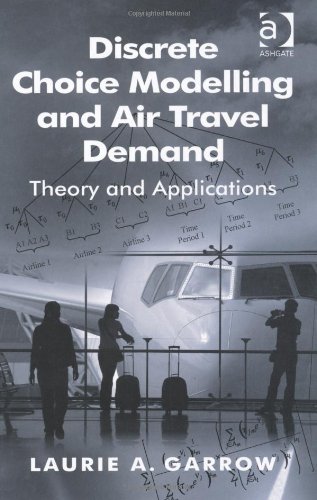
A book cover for Discrete Choice Modelling and Air Travel Demand; Laurie A. Garrow; Travel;